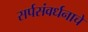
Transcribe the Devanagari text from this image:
सर्पसंवर्धनाचे